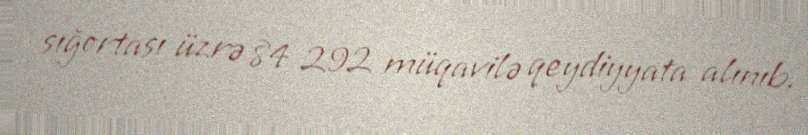
sığortası üzrə 84 292 müqavilə qeydiyyata alınıb.